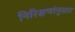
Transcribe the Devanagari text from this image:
निरिक्षणांनुसार